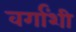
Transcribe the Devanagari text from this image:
वर्गांशी